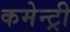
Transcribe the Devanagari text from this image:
कमेन्ट्री